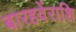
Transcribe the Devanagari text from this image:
बारहवेंराशि